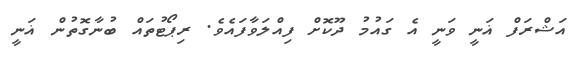
އަޝްރަފް ޣަނީ ވަނީ އެ ގައުމު ދޫކޮށް ފިއްލަވާފައެވެ. ރިޕޯޓުތައް ބުނާގޮތުން ޣަނީ